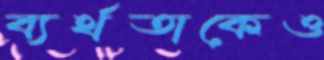
ব্যর্থতাকেও